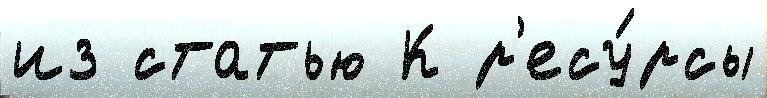
из статью К р'есу́рсы